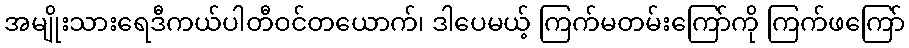
အမျိုးသားရေဒီကယ်ပါတီဝင်တယောက်၊ ဒါပေမယ့် ကြက်မတမ်းကြော်ကို ကြက်ဖကြော်